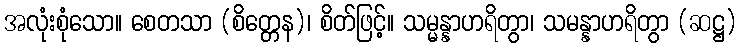
အလုံးစုံသော။ စေတသာ (စိတ္တေန)၊ စိတ်ဖြင့်။ သမ္မန္နာဟရိတွာ၊ သမန္နာဟရိတွာ (ဆဋ္ဌ)